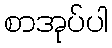
စာအုပ်ပါ